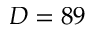
D = 8 9